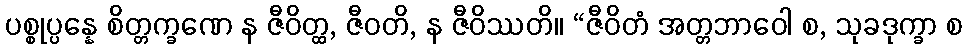
ပစ္စုပ္ပန္နေ စိတ္တက္ခဏေ န ဇီဝိတ္ထ, ဇီဝတိ, န ဇီဝိဿတိ။ “ဇီဝိတံ အတ္တဘာဝေါ စ, သုခဒုက္ခာ စ